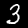
Digit: 3